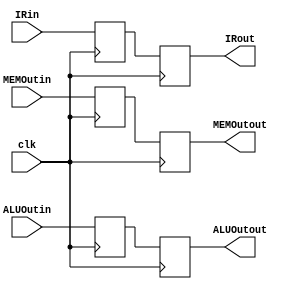
`timescale 1ns/1ps
module MAWB (
    input clk,
    input [31:0] MEMOutin,
    input [31:0] ALUOutin,
    input [31:0] IRin,
    output reg [31:0] MEMOutout,
    output reg [31:0] ALUOutout,
    output reg [31:0] IRout
);
    reg [31:0] MEMOut;
    reg [31:0] ALUOut;
    reg [31:0] IR;
    always @(posedge clk ) begin
        MEMOut <= MEMOutin;
        MEMOutout <= MEMOut;
        ALUOut <= ALUOutin;
        ALUOutout <= ALUOut;
        IR <= IRin;
        IRout <= IR;
    end
endmodule